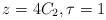
LaTeX: \begin{align*}z = 4C_2, \tau = 1\end{align*}